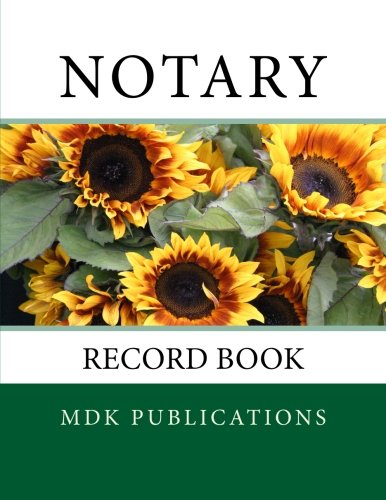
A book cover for Notary: Record Book; Mdk Publications; Law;